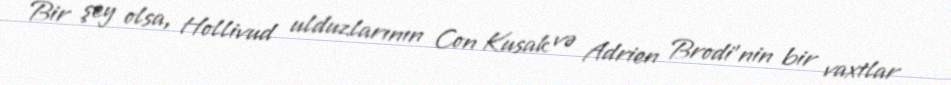
Bir şey olsa, Hollivud ulduzlarının Con Kusak və Adrien Brodi'nin bir vaxtlar